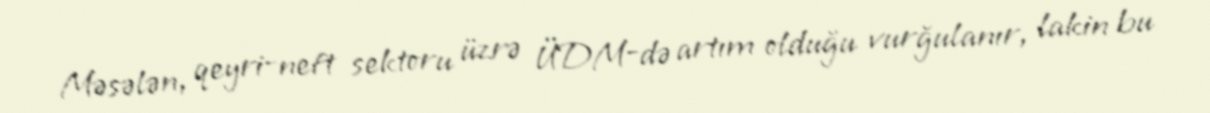
Məsələn, qeyri-neft sektoru üzrə ÜDM-də artım olduğu vurğulanır, lakin bu